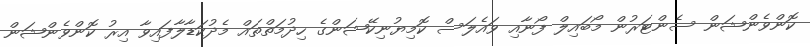
ކޮންވެންޝަން ސެންޓަރުން މޯބައިލް ފޯނާއި ވައެލަސް ކޮމިޔުނިކޭޝަންގެ ހިދުމަތްތައް މެދުކަޑާލާފައިވާ އިރު ކޮންވެންޝަން